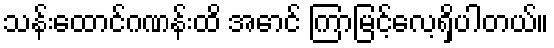
သန်းထောင်ဂဏန်းထိ အောင် ကြာမြင့်လေ့ရှိပါတယ်။